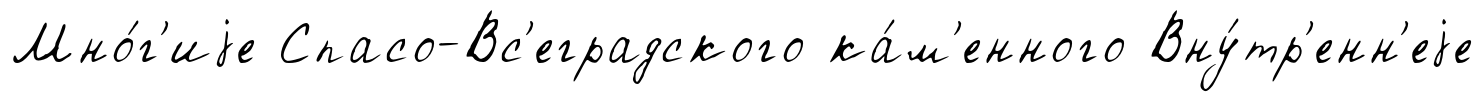
Мно́г'иjе Спасо-Вс'еградского ка́м'енного Вну́тр'енн'еjе